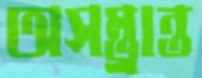
অসম্ভ্রান্ত